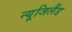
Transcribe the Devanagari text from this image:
न्यूजिलैंड